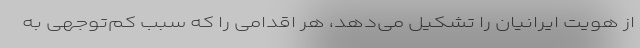
از هویت ایرانیان را تشکیل می‌دهد، هر اقدامی را که سبب کم‌توجهی به